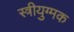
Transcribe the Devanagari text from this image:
स्त्रीयुग्मक